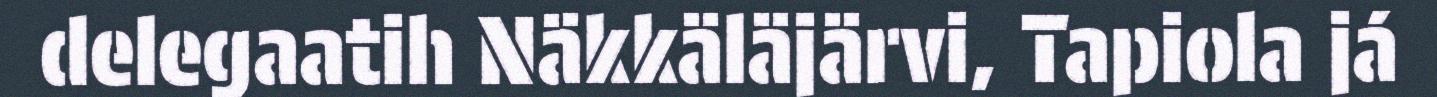
delegaatih Näkkäläjärvi, Tapiola já